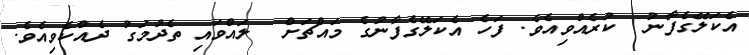
އެކަލޭގެފާނު  ކުރެއްވިއެވެ. ފަހެ އެކަލޭގެފާނުގެ މައްޗަށް  ލައްވައި ތެދުމަގު ދެއްކެވިއެވެ.